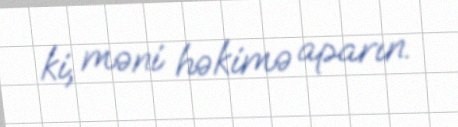
ki, məni həkimə aparın.